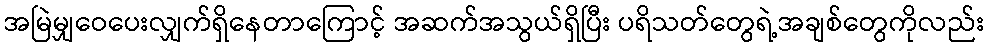
အမြဲမျှဝေပေးလျှက်ရှိနေတာကြောင့် အဆက်အသွယ်ရှိပြီး ပရိသတ်တွေရဲ့အချစ်တွေကိုလည်း